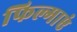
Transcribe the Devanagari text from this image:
फिल्माएं